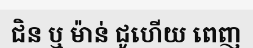
ជិន ឬ ម៉ាន់ ជូហើយ ពេញ